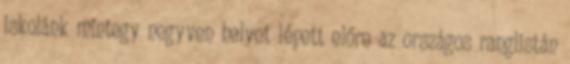
iskolánk mintegy negyven helyet lépett előre az országos ranglistán